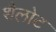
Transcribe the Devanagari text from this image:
शैलोट